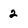
Character: 2